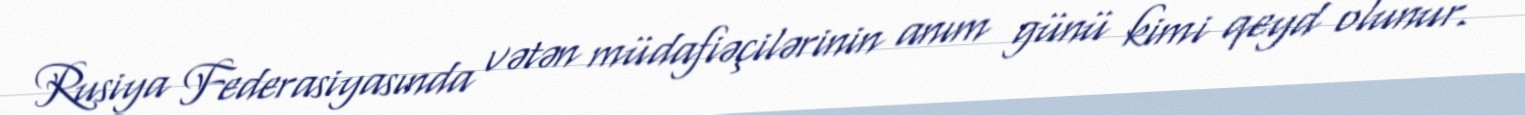
Rusiya Federasiyasında vətən müdafiəçilərinin anım günü kimi qeyd olunur.